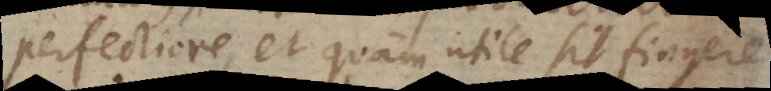
perfectiore, et quam utile sit fingere